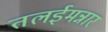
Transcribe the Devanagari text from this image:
तलईमन्नार